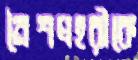
নৈশপ্রহরীকে